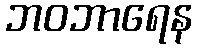
ဘဝဘာရေန